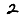
Digit: 2